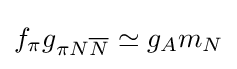
f_{\pi }g_{\pi N{\overline {N}}}\simeq g_{A}m_{N}